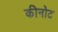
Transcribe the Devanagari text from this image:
कीनोट